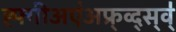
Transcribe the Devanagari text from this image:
ह्फ्गीअए॑अफ्र्व्द्स्व्॑